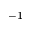
^ { - 1 }